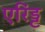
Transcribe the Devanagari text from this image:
एरिंड्ट